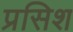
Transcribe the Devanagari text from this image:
प्रसिश